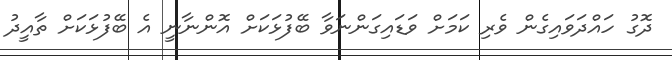
ދޮގު ހައްދަވައިގެން ވެރި ކަމަށް ވަޑައިގަންނަވާ ބޭފުޅަކަށް އޮންނާނީ އެ ބޭފުޅަކަށް ތާއީދު